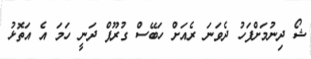
ޝޯ ދިނުމަށްފަހު ދެވަނަ ރެއަށް ހަބޭސް ގުރޫޕް ދަނީ ހަމަ އެ އަތޮޅު